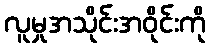
လူမှုအသိုင်းအဝိုင်းကို